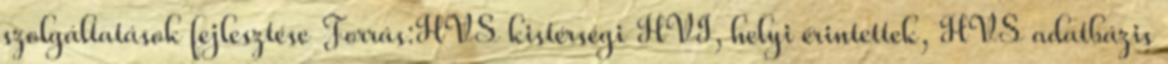
szolgáltatások fejlesztése Forrás:HVS kistérségi HVI, helyi érintettek, HVS adatbázis